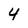
Character: 4